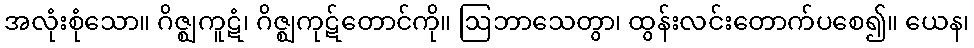
အလုံးစုံသော။ ဂိဇ္ဈကူဋံ၊ ဂိဇ္ဈကုဋ်တောင်ကို။ ဩဘာသေတွာ၊ ထွန်းလင်းတောက်ပစေ၍။ ယေန၊